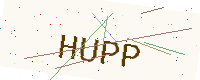
Text: HUPP